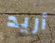
أريد